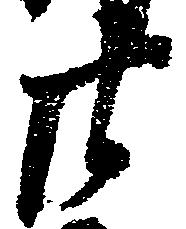
廿